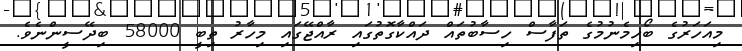
މިއަހަރުގެ ބޯހިމެނުމުގެ ތަފާސް ހިސާބުތައް ދައްކާގޮތުގައި ރާއްޖޭގައި މިހާރު ތިބީ 58000 ބިދޭސީންނެވެ.